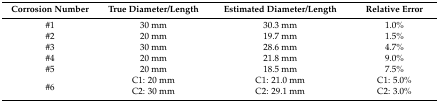
| Corrosion Number | True Diameter/Length | Estimated Diameter/Length | Relative Error |
 | --- | --- | --- | --- |
 | #1 | 30 mm | 30.3 mm | 1.0% |
 | #2 | 20 mm | 19.7 mm | 1.5% |
 | #3 | 30 mm | 28.6 mm | 4.7% |
 | #4 | 20 mm | 21.8 mm | 9.0% |
 | #5 | 20 mm | 18.5 mm | 7.5% |
 | <ROWSPAN=2> #6 | C1: 20 mm | C1: 21.0 mm | C1: 5.0% |
 | C2: 30 mm | C2: 29.1 mm | C2: 3.0% |